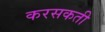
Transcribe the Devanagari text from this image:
करसकती